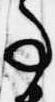
事